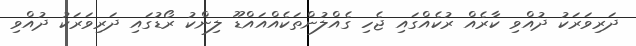
ދަރިވަރަކު ދުއްވި ކާރެއް ރުކެއްގައި ޖެހި ގެއްލުންތަކެއްއައްޑޫ ލިންކު ރޯޑުގައި ދަރިވަރަކު ދުއްވި